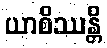
ယာစိဿန္တိ